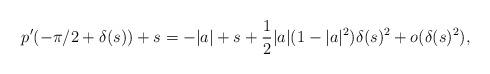
LaTeX: \begin{align*}p'(-\pi/2 + \delta(s))+s= -|a|+s +\frac 1 2|a|(1-|a|^2)\delta(s)^2+o(\delta(s)^2),\end{align*}